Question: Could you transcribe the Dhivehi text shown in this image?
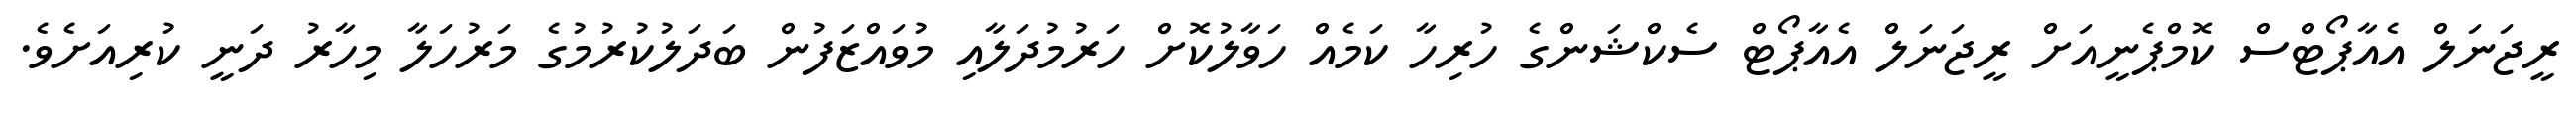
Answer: ރީޖަނަލް އެއާޕޯޓްސް ކޮމްޕެނީއަށް ރީޖަނަލް އެއާޕޯޓް ސެކްޝަންގެ ހުރިހާ ކަމެއް ހަވާލުކޮށް ހަރުމުދަލާއި މުވައްޒަފުން ބަދަލުކުރުމުގެ މަރުހަލާ މިހާރު ދަނީ ކުރިއަށެވެ.